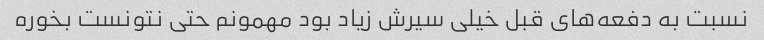
نسبت به دفعه‌های قبل خیلی سیرش زیاد بود مهمونم حتی نتونست بخوره